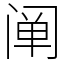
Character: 阐